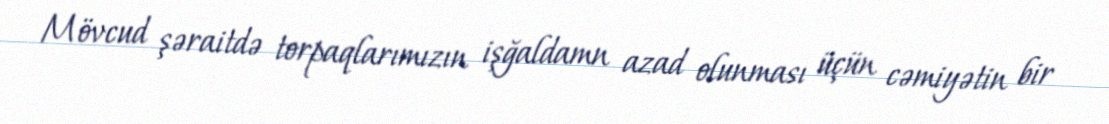
Mövcud şəraitdə torpaqlarımızın işğaldamn azad olunması üçün cəmiyətin bir